Vaccination in Bombay 1863-1868 - 1863-1868
Year: 1863
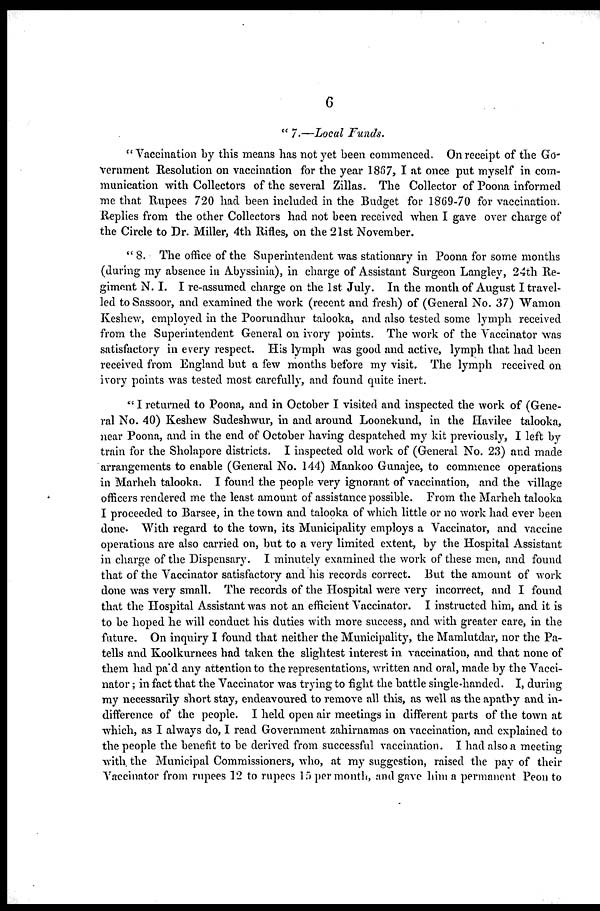
6
" 7.—Local Funds.
" Vaccination by this means has not yet been commenced. On receipt of the Go-
vernment Resolution on vaccination for the year 1867, I at once put myself in com-
munication with Collectors of the several Zillas. The Collector of Poona informed
me that Rupees 720 had been included in the Budget for 1869-70 for vaccination.
Replies from the other Collectors had not been received when I gave over charge of
the Circle to Dr. Miller, 4th Rifles, on the 21st November.
" 8. The office of the Superintendent was stationary in Poona for some months
(during my absence in Abyssinia), in charge of Assistant Surgeon Langley, 24th Re-
giment N. I. I re-assumed charge on the 1st July. In the month of August I travel-
led to Sassoor, and examined the work (recent and fresh) of (General No. 37) Wamon
Keshew, employed in the Poorundhur talooka, and also tested some lymph received
from the Superintendent General on ivory points. The work of the Vaccinator was
satisfactory in every respect. His lymph was good and active, lymph that had been
received from England but a few months before my visit. The lymph received on
ivory points was tested most carefully, and found quite inert.
" I returned to Poona, and in October I visited and inspected the work of (Gene-
ral No. 40) Keshew Sudeshwur, in and around Loonekund, in the Havilee talooka,
near Poona, and in the end of October having despatched my kit previously, I left by
train for the Sholapore districts. I inspected old work of (General No. 23) and made
arrangements to enable (General No. 144) Mankoo Gunajee, to commence operations
in Marheh talooka. I found the people very ignorant of vaccination, and the village
officers rendered me the least amount of assistance possible. From the Marheh talooka
I proceeded to Barsee, in the town and talooka of which little or no work had ever been
done. With regard to the town, its Municipality employs a Vaccinator, and vaccine
operations are also carried on, but to a very limited extent, by the Hospital Assistant
in charge of the Dispensary. I minutely examined the work of these men, and found
that of the Vaccinator satisfactory and his records correct. But the amount of work
done was very small. The records of the Hospital were very incorrect, and I found
that the Hospital Assistant was not an efficient Vaccinator. I instructed him, and it is
to be hoped he will conduct his duties with more success, and with greater care, in the
future. On inquiry I found that neither the Municipality, the Mamlutdar, nor the Pa¬
tells and Koolkurnees had taken the slightest interest in vaccination, and that none of
them had paid any attention to the representations, written and oral, made by the Vacci-
nator ; in fact that the Vaccinator was trying to fight the battle single-handed. I, during
my necessarily short stay, endeavoured to remove all this, as well as the apathy and in-
difference of the people. I held open air meetings in different parts of the town at
which, as I always do, I read Government zahirnamas on vaccination, and explained to
the people the benefit to be derived from successful vaccination. I had also a meeting
with the Municipal Commissioners, who, at my suggestion, raised the pay of their
Vaccinator from rupees 12 to rupees 15 per month, and gave him a permanent Peon to